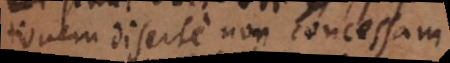
postulationem diserte non concessam